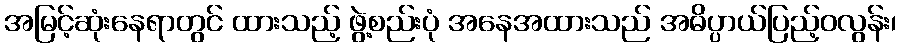
အမြင့်ဆုံးနေရာတွင် ထားသည့် ဖွဲ့စည်းပုံ အနေအထားသည် အဓိပ္ပာယ်ပြည့်ဝလွန်း၊